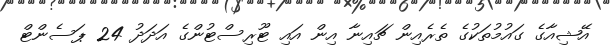
އޭޝިއާގެ ގައުމުތަކުގެ ތެރެއިން ޗައިނާ އިން އައި ޓޫރިސްޓުންގެ އަދަދު 24 ޕަސެންޓް